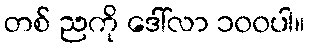
တစ် ညကို ဒေါ်လာ ၁၀၀ပါ။